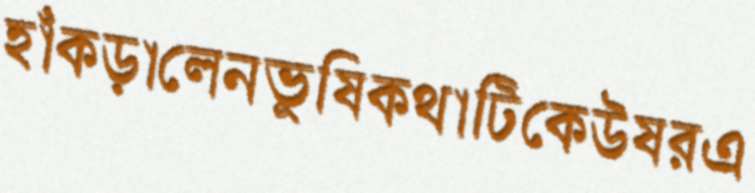
হাঁকড়ালেনভুষিকথাটিকেউষরএ